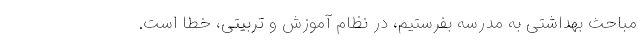
مباحث بهداشتی به مدرسه بفرستیم، در نظام آموزش و تربیتی، خطا است.